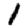
Digit: 1